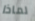
لماذا